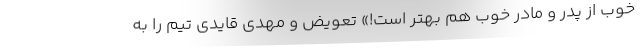
خوب از پدر و مادر خوب هم بهتر است!» تعویض و مهدی قایدی تیم را به